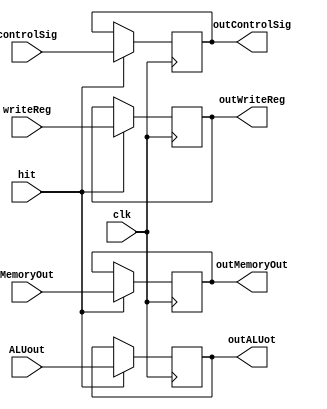
`timescale 1ns / 1ps

//////////////////////////////////////////////////////////////////////////////////
// fullname : Milad Nooraei
// student number : 9935701
// Computer Architecture Project
//////////////////////////////////////////////////////////////////////////////////

module Mem_WB_Register(
		input [31:0]ALUout, MemoryOut,
		input [4:0]writeReg,
		input [1:0]controlSig,
		input clk, hit,
		
		output reg [31:0] outALUot, outMemoryOut,
		output reg [4:0] outWriteReg,
		output reg [1:0] outControlSig
    );

	always @(negedge clk) 
		begin
			if(hit == 1) 
				begin
					outALUot = ALUout;
					outMemoryOut = MemoryOut;
					outWriteReg = writeReg;
					outControlSig = controlSig;
				end		
		end

endmodule